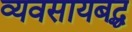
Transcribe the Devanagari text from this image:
व्यवसायबद्ध